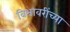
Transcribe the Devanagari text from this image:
विभावरींच्या